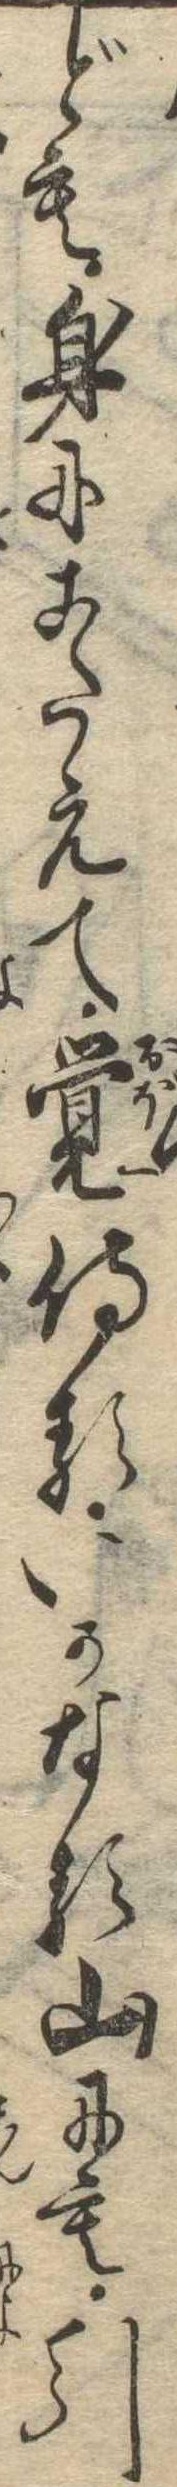
ども身にこたえて覚侍るいかなる山にも引